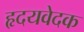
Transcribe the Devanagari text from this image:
हृदयवेदक